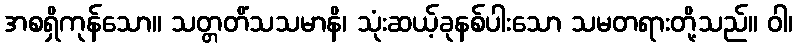
အစရှိကုန်သော။ သတ္တတိံသသမာနိ၊ သုံးဆယ့်ခုနစ်ပါးသော သမတရားတို့သည်။ ဝါ၊